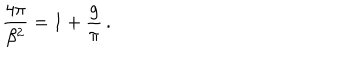
LaTeX: \frac { 4 \pi } { \beta ^ { 2 } } = 1 + \frac { g } { \pi } \, .